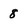
Character: 8